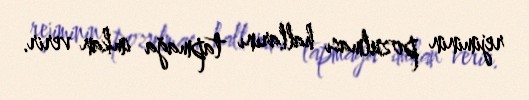
rejiminin pozulması hallarını tapmağa imkan verir.